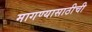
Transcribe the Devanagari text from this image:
मागण्यासाठीची